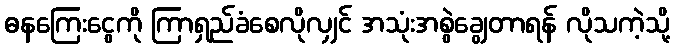
ဓနကြေးငွေကို ကြာရှည်ခံစေလိုလျှင် အသုံးအစွဲချွေတာရန် လိုသကဲ့သို့